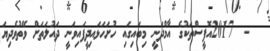
-  2017އޮފީސްތަކުގެ އާމްދަނީ މިބައިގައި ހުށަހަޅައިދީފައިވަނީ ދައުލަތަށް ވޭތުވެދިޔަ